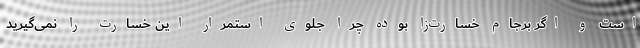
است و اگر برجام خسارت‌زا بوده چرا جلوی استمرار این خسارت را نمی‌گیرید